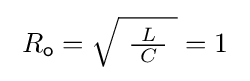
\;R_{\mathsf {o}}={\sqrt {\ {\tfrac {\ L\ }{C}}\ }}=1\;